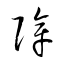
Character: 障